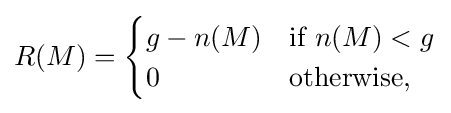
R(M)={\begin{cases}g-n(M)&{\mbox{if}}\ n(M)<g\\0&{\mbox{otherwise,}}\end{cases}}